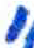
אות: י